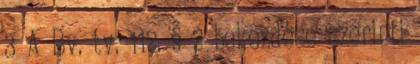
3 A Bv. tv. 112. § 2 bekezdése szerinti